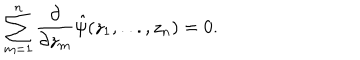
\sum _ { m = 1 } ^ { n } \frac { \partial } { \partial z _ { m } } \hat { \psi } ( z _ { 1 } , . . . , z _ { n } ) = 0 .